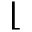
\lfloor